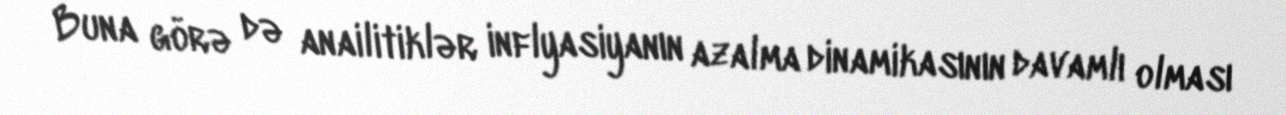
Buna görə də anailitiklər inflyasiyanın azalma dinamikasının davamlı olması